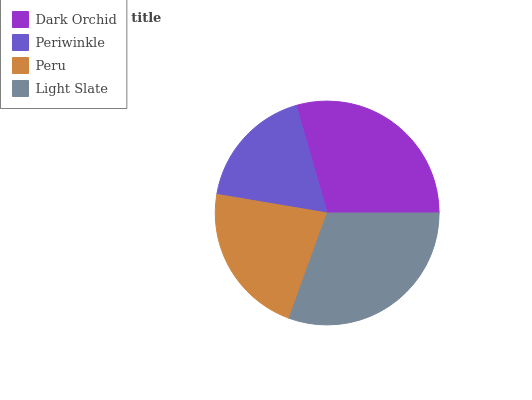
| Dark Orchid | Periwinkle | Peru | Light Slate |
 | --- | --- | --- | --- |
 | 29.5% | 17.8% | 22.1% | 30.6% |